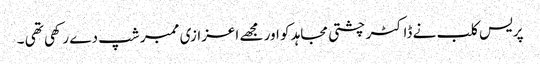
پریس کلب نے ڈاکٹر چشتی مجاہد کو اور مجھے اعزازی ممبر شپ دے رکھی تھی ۔